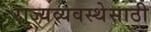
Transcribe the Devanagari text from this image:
राज्यव्यवस्थेसाठी